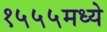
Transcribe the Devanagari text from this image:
१५५५मध्ये